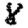
Digit: 8